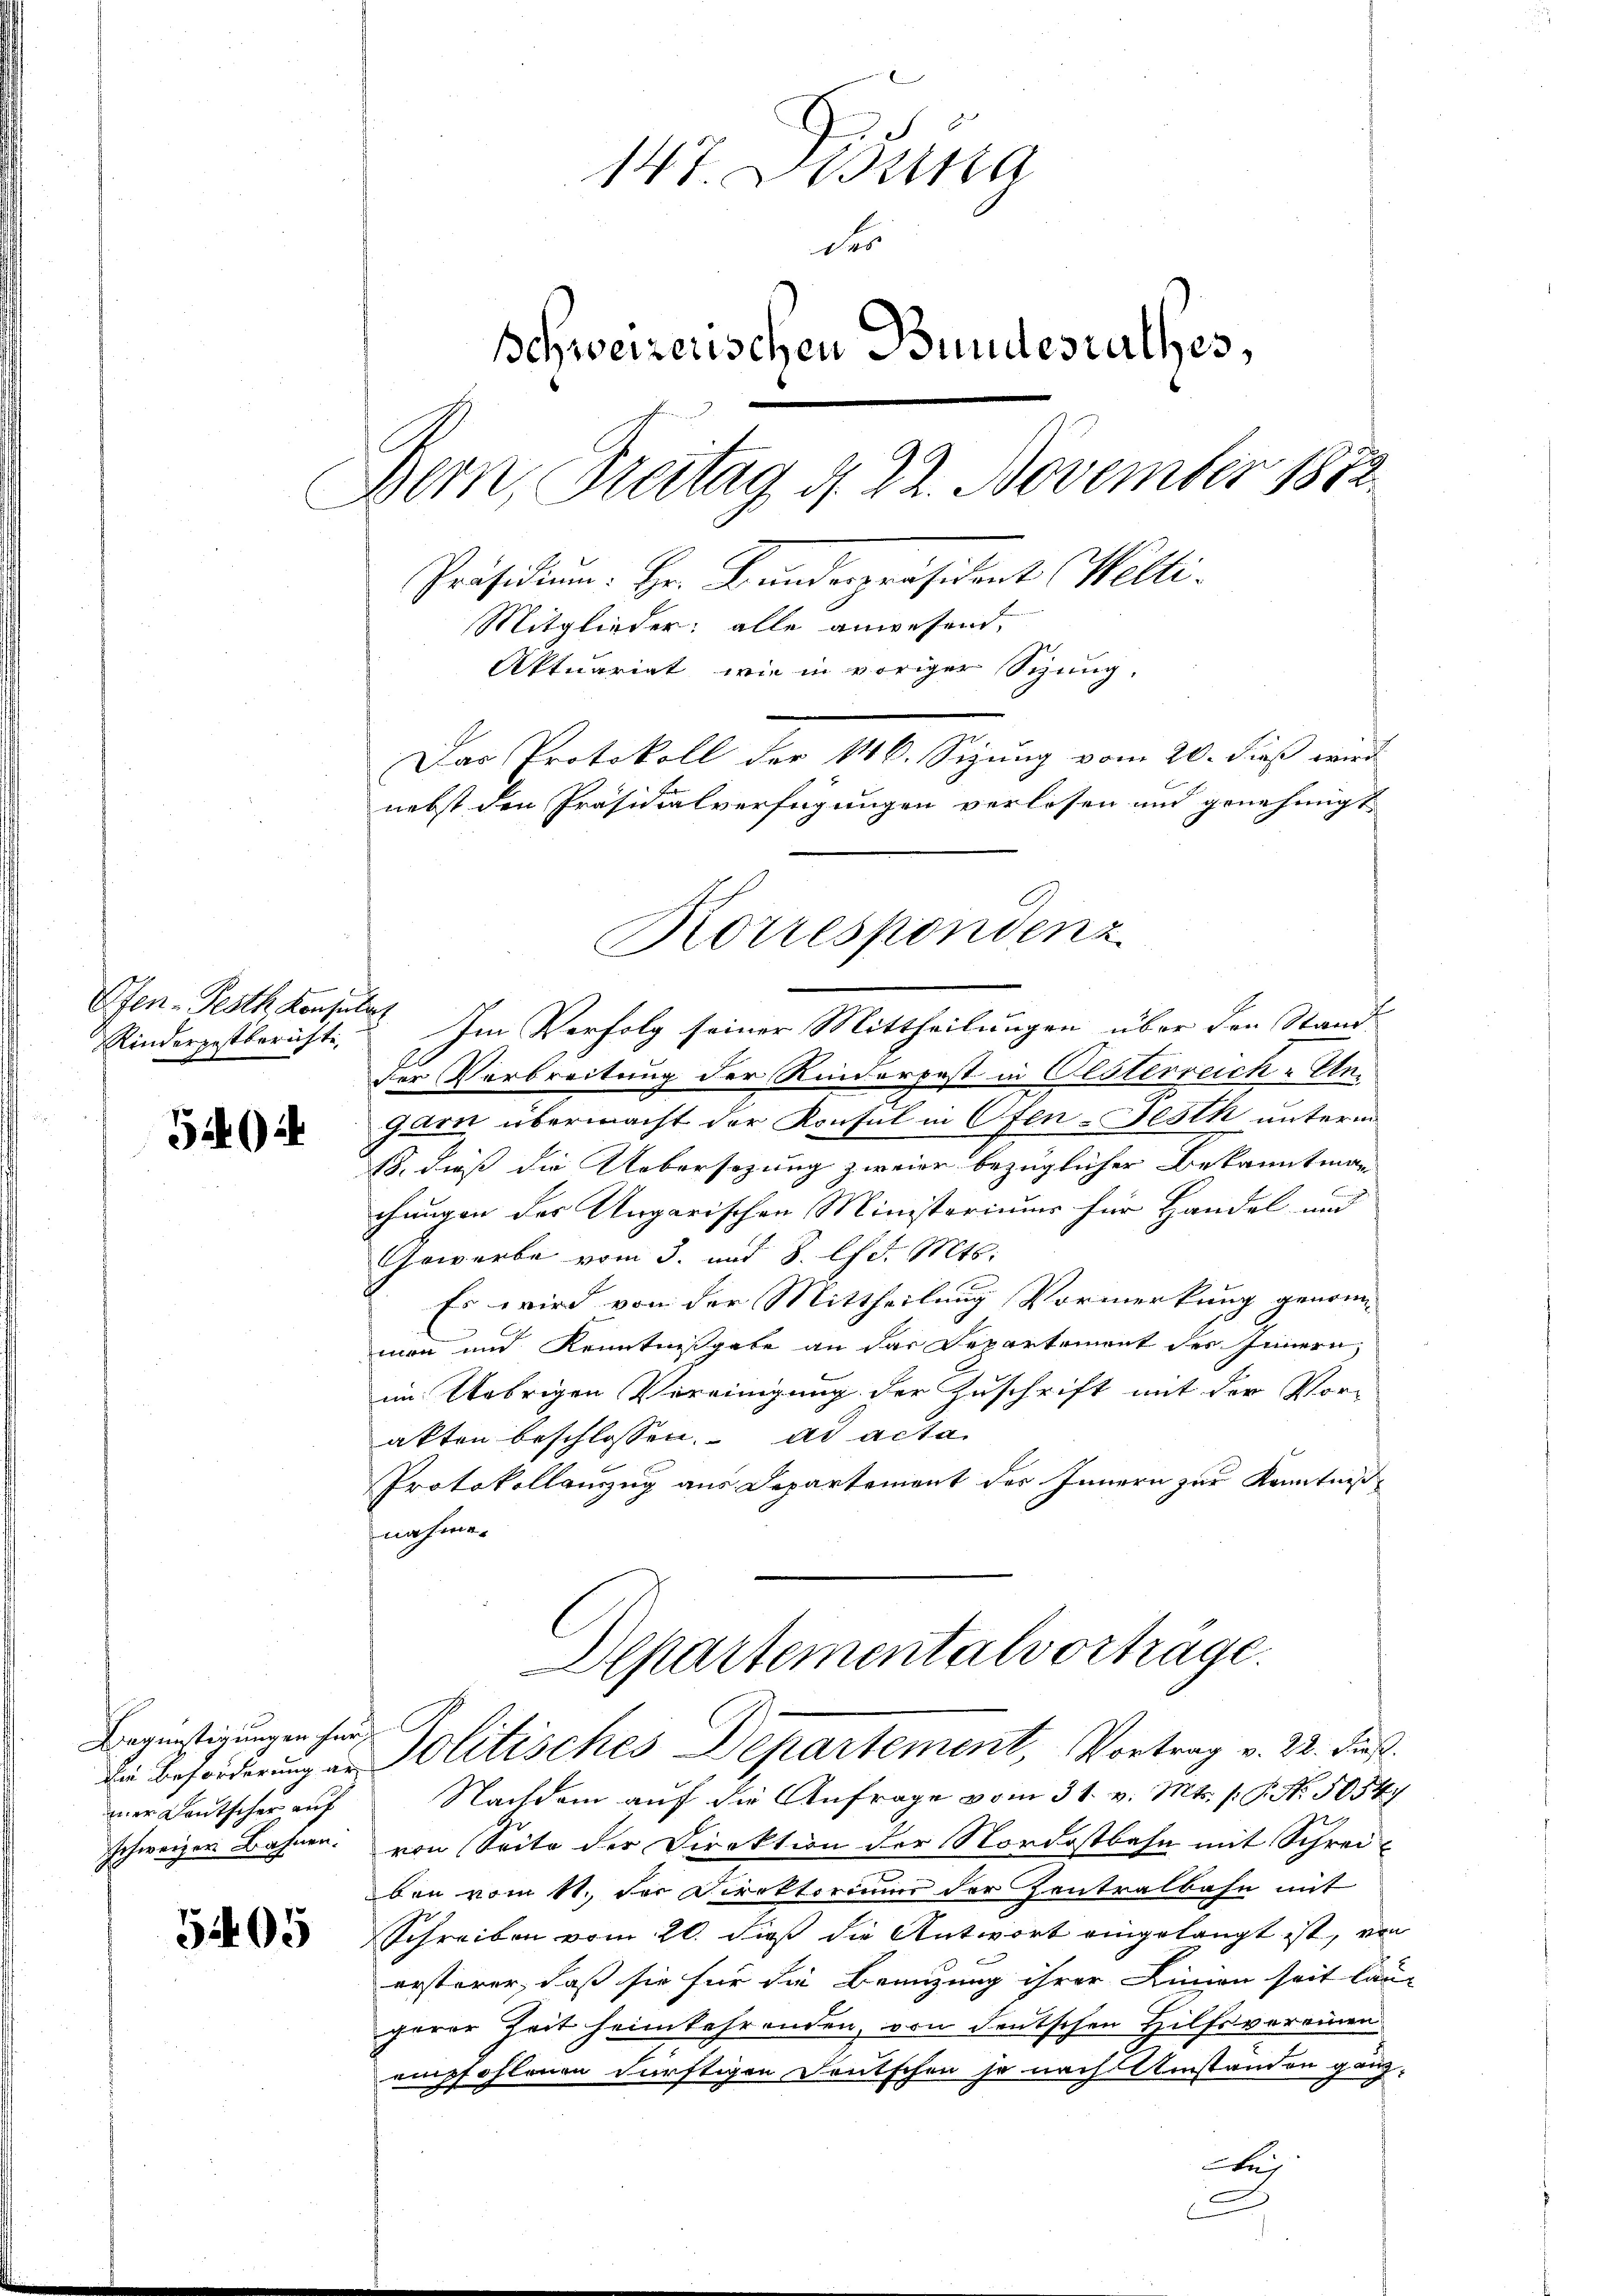
Ofen - Pesth Konsulars
Rinderpestberichte,

544

Begünstigungen herz
mer Deutscher auf
schweizer Bahnen.

5405

147. Dana
der
Schweizerischen Bundesrathes,
Bern, Freitag d. 22. November 1872
Präsidium. Hr. Bundespräsident Welti.
Mitglieder: alle anwesend.
Aktuariat, wie in voriger Sitzung,
Das Protokoll der 146. Seizung vom 20. dieß wird
nebst den Präsidialverfügungen verlosen und genehmigt

Im Verfolg seiner Mittheilungen über den Stand
der Verbreitung der Rinderpost in Oesterreich-Ungarn übermacht der Konsul in Ofen-Festh unterm
18. dieß die Uebersezung zweier bezüglicher Bekanntmann
chungen der Ungarischen Ministeriums für Handel und
Gewerbe vom 3. mit 8. lfd. Mts.
Es wird von der Mittheilung Vormerkung genommann und Kenntnißgabe an das Departement des Innern,
im Uebrigen Vereinigung der Zuschrift mit der Vor-
akten beschlossen. ad acta
Protokollenzug aus Departemont des Innern zur Kenntniß
nahme.

Korrespondenz

Departementalvorträge.
die Besonderung in Politisches Departement, Vortrag v. 22. dieß.

Nachdem auf die Anfrage vom 31. v. Mts. f. P. Nr. 5054/
von Seite der Direktion der Nordostbahn mit Schreiben vom 11. der Direktorimus der Zentralbahn mit
Schreiben vom 20. daß die Antwort eingelangt ist, von
ersterer, daß sie für die Branzung ihrer Linien seit läng
gerer Zeit heimkehrenden, von deutschen Hilfsvereinen
empfohlenen dürftigen Deutschen je nach Umständen gänz¬
u